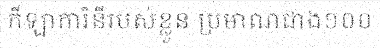
កីឡាការិនីរបស់ខ្លួន ប្រមាណជាង១០០